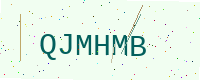
Text: QJMHMB